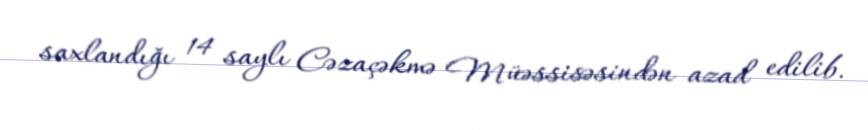
saxlandığı 14 saylı Cəzaçəkmə Müəssisəsindən azad edilib.